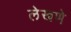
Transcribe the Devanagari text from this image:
लेखणे